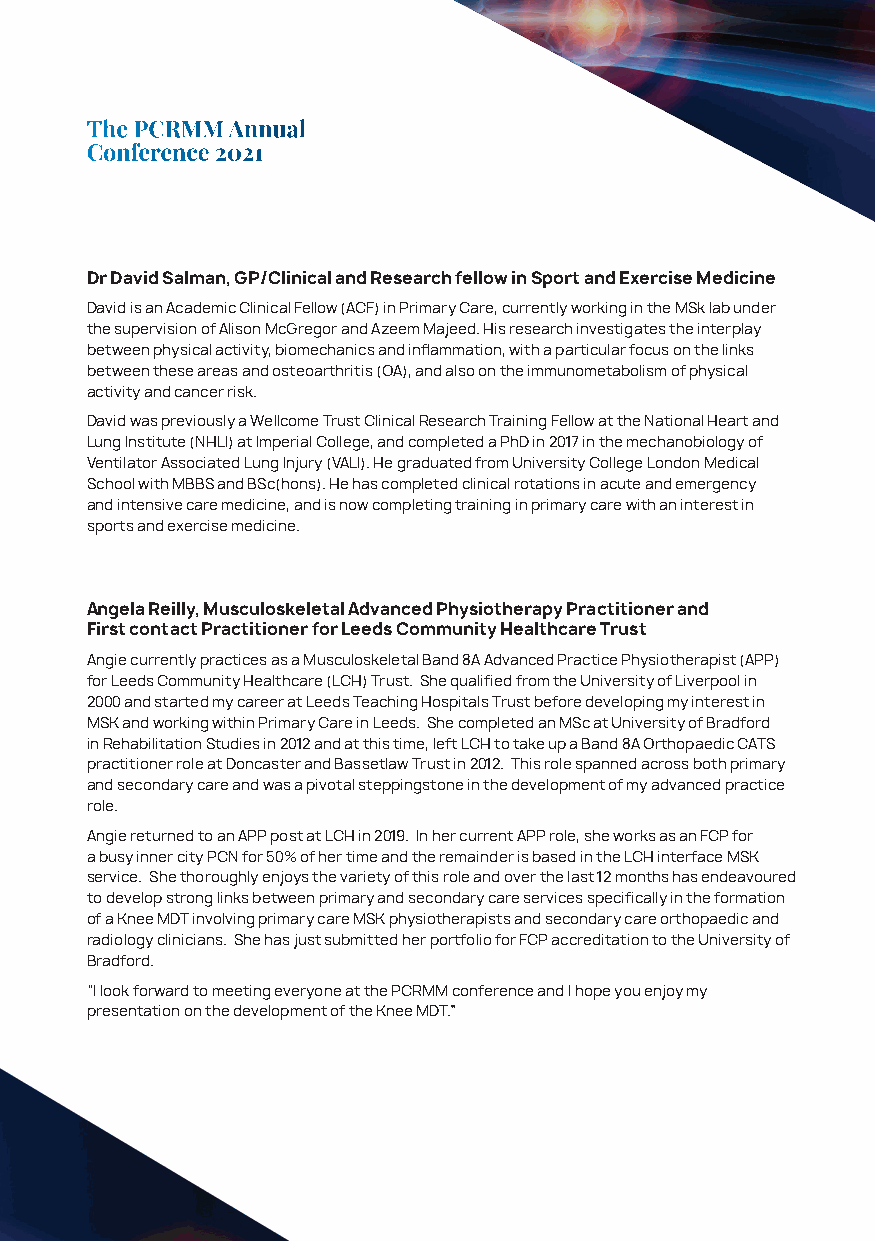
The PCRMM Annual
 Conference 2021
 Dr David Salman, GP/Clinical and Research fellow in Sport and Exercise Medicine
 David is an Academic Clinical Fellow (ACF) in Primary Care, currently working in the MSk lab under
 the supervision of Alison McGregor and Azeem Majeed. His research investigates the interplay
 between physical activity, biomechanics and inflammation, with a particular focus on the links
 between these areas and osteoarthritis (OA), and also on the immunometabolism of physical
 activity and cancer risk.
 David was previously a Wellcome Trust Clinical Research Training Fellow at the National Heart and
 Lung Institute (NHLI) at Imperial College, and completed a PhD in 2017 in the mechanobiology of
 Ventilator Associated Lung Injury (VALI). He graduated from University College London Medical
 School with MBBS and BSc(hons). He has completed clinical rotations in acute and emergency
 and intensive care medicine, and is now completing training in primary care with an interest in
 sports and exercise medicine.
 Angela Reilly, Musculoskeletal Advanced Physiotherapy Practitioner and
 First contact Practitioner for Leeds Community Healthcare Trust
 Angie currently practices as a Musculoskeletal Band 8A Advanced Practice Physiotherapist (APP)
 for Leeds Community Healthcare (LCH) Trust. She qualified from the University of Liverpool in
 2000 and started my career at Leeds Teaching Hospitals Trust before developing my interest in
 MSK and working within Primary Care in Leeds. She completed an MSc at University of Bradford
 in Rehabilitation Studies in 2012 and at this time, left LCH to take up a Band 8A Orthopaedic CATS
 practitioner role at Doncaster and Bassetlaw Trust in 2012. This role spanned across both primary
 and secondary care and was a pivotal steppingstone in the development of my advanced practice
 role.
 Angie returned to an APP post at LCH in 2019. In her current APP role, she works as an FCP for
 a busy inner city PCN for 50% of her time and the remainder is based in the LCH interface MSK
 service. She thoroughly enjoys the variety of this role and over the last 12 months has endeavoured
 to develop strong links between primary and secondary care services specifically in the formation
 of a Knee MDT involving primary care MSK physiotherapists and secondary care orthopaedic and
 radiology clinicians. She has just submitted her portfolio for FCP accreditation to the University of
 Bradford.
 “I look forward to meeting everyone at the PCRMM conference and I hope you enjoy my
 presentation on the development of the Knee MDT.”